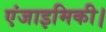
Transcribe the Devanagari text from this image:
एंजाइमिकी।